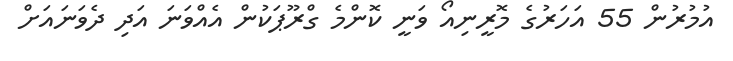
އުމުރުން 55 އަހަރުގެ މޮރީނިއޯ ވަނީ ކޮންމެ ގްރޫޕަކުން އެއްވަނަ އަދި ދެވަނައަށް